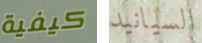
كيفية السيانيد